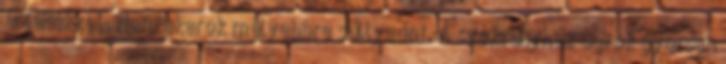
értékekkel. Nem akarok mélyebbre süllyedni. A szekrényhez ugrok gyorsan